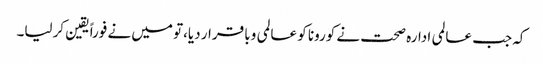
کہ جب عالمی ادارہ صحت نے کورونا کو عالمی وبا قرار دیا،تو میں نے فوراً یقین کرلیا۔